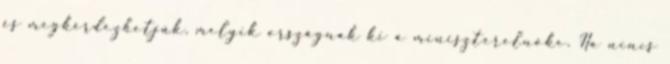
és megkérdezhetjük, melyik országnak ki a miniszterelnöke. Ha nincs